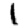
Digit: 1